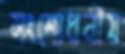
সংশোধনীয়